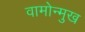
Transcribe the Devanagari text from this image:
वामोन्मुख